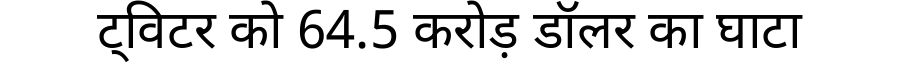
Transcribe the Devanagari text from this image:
ट्विटर को 64.5 करोड़ डॉलर का घाटा